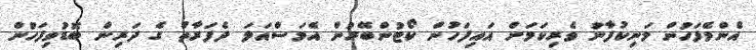
އެންމެފަހުން މަނިކުފާނު ވެރިކަމަށް އައިފަހުން ކޯޓުންބޭރުން އެމަސްއަލަ ދެފަރާތު ގެ ދަރިން ބޮޑުވިފަހުން